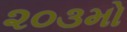
૨૦૩મો